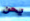
يحن